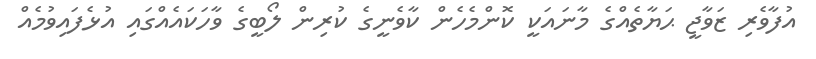
އުފާވެރި ޒަވާޖީ ޙަޔާތެއްގެ މާނައަކީ ކޮންމެހެން ކާވެނީގެ ކުރިން ލޯބީގެ ވާހަކައެއްގައި އުޅެފައިވުމެއް